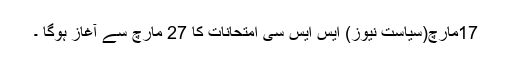
17مارچ(سیاست نیوز) ایس ایس سی امتحانات کا 27 مارچ سے آغاز ہوگا ۔